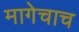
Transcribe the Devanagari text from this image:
मागेचाच